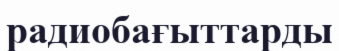
радиобағыттарды